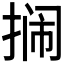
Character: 𫽔